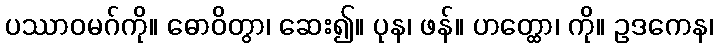
ပဿာဝမဂ်ကို။ ဓောဝိတွာ၊ ဆေး၍။ ပုန၊ ဖန်။ ဟတ္ထော၊ ကို။ ဥဒကေန၊